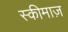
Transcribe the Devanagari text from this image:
स्कीमाज़